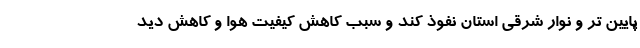
پایین تر و نوار شرقی استان نفوذ کند و سبب کاهش کیفیت هوا و کاهش دید